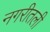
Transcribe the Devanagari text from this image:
नगरीतली